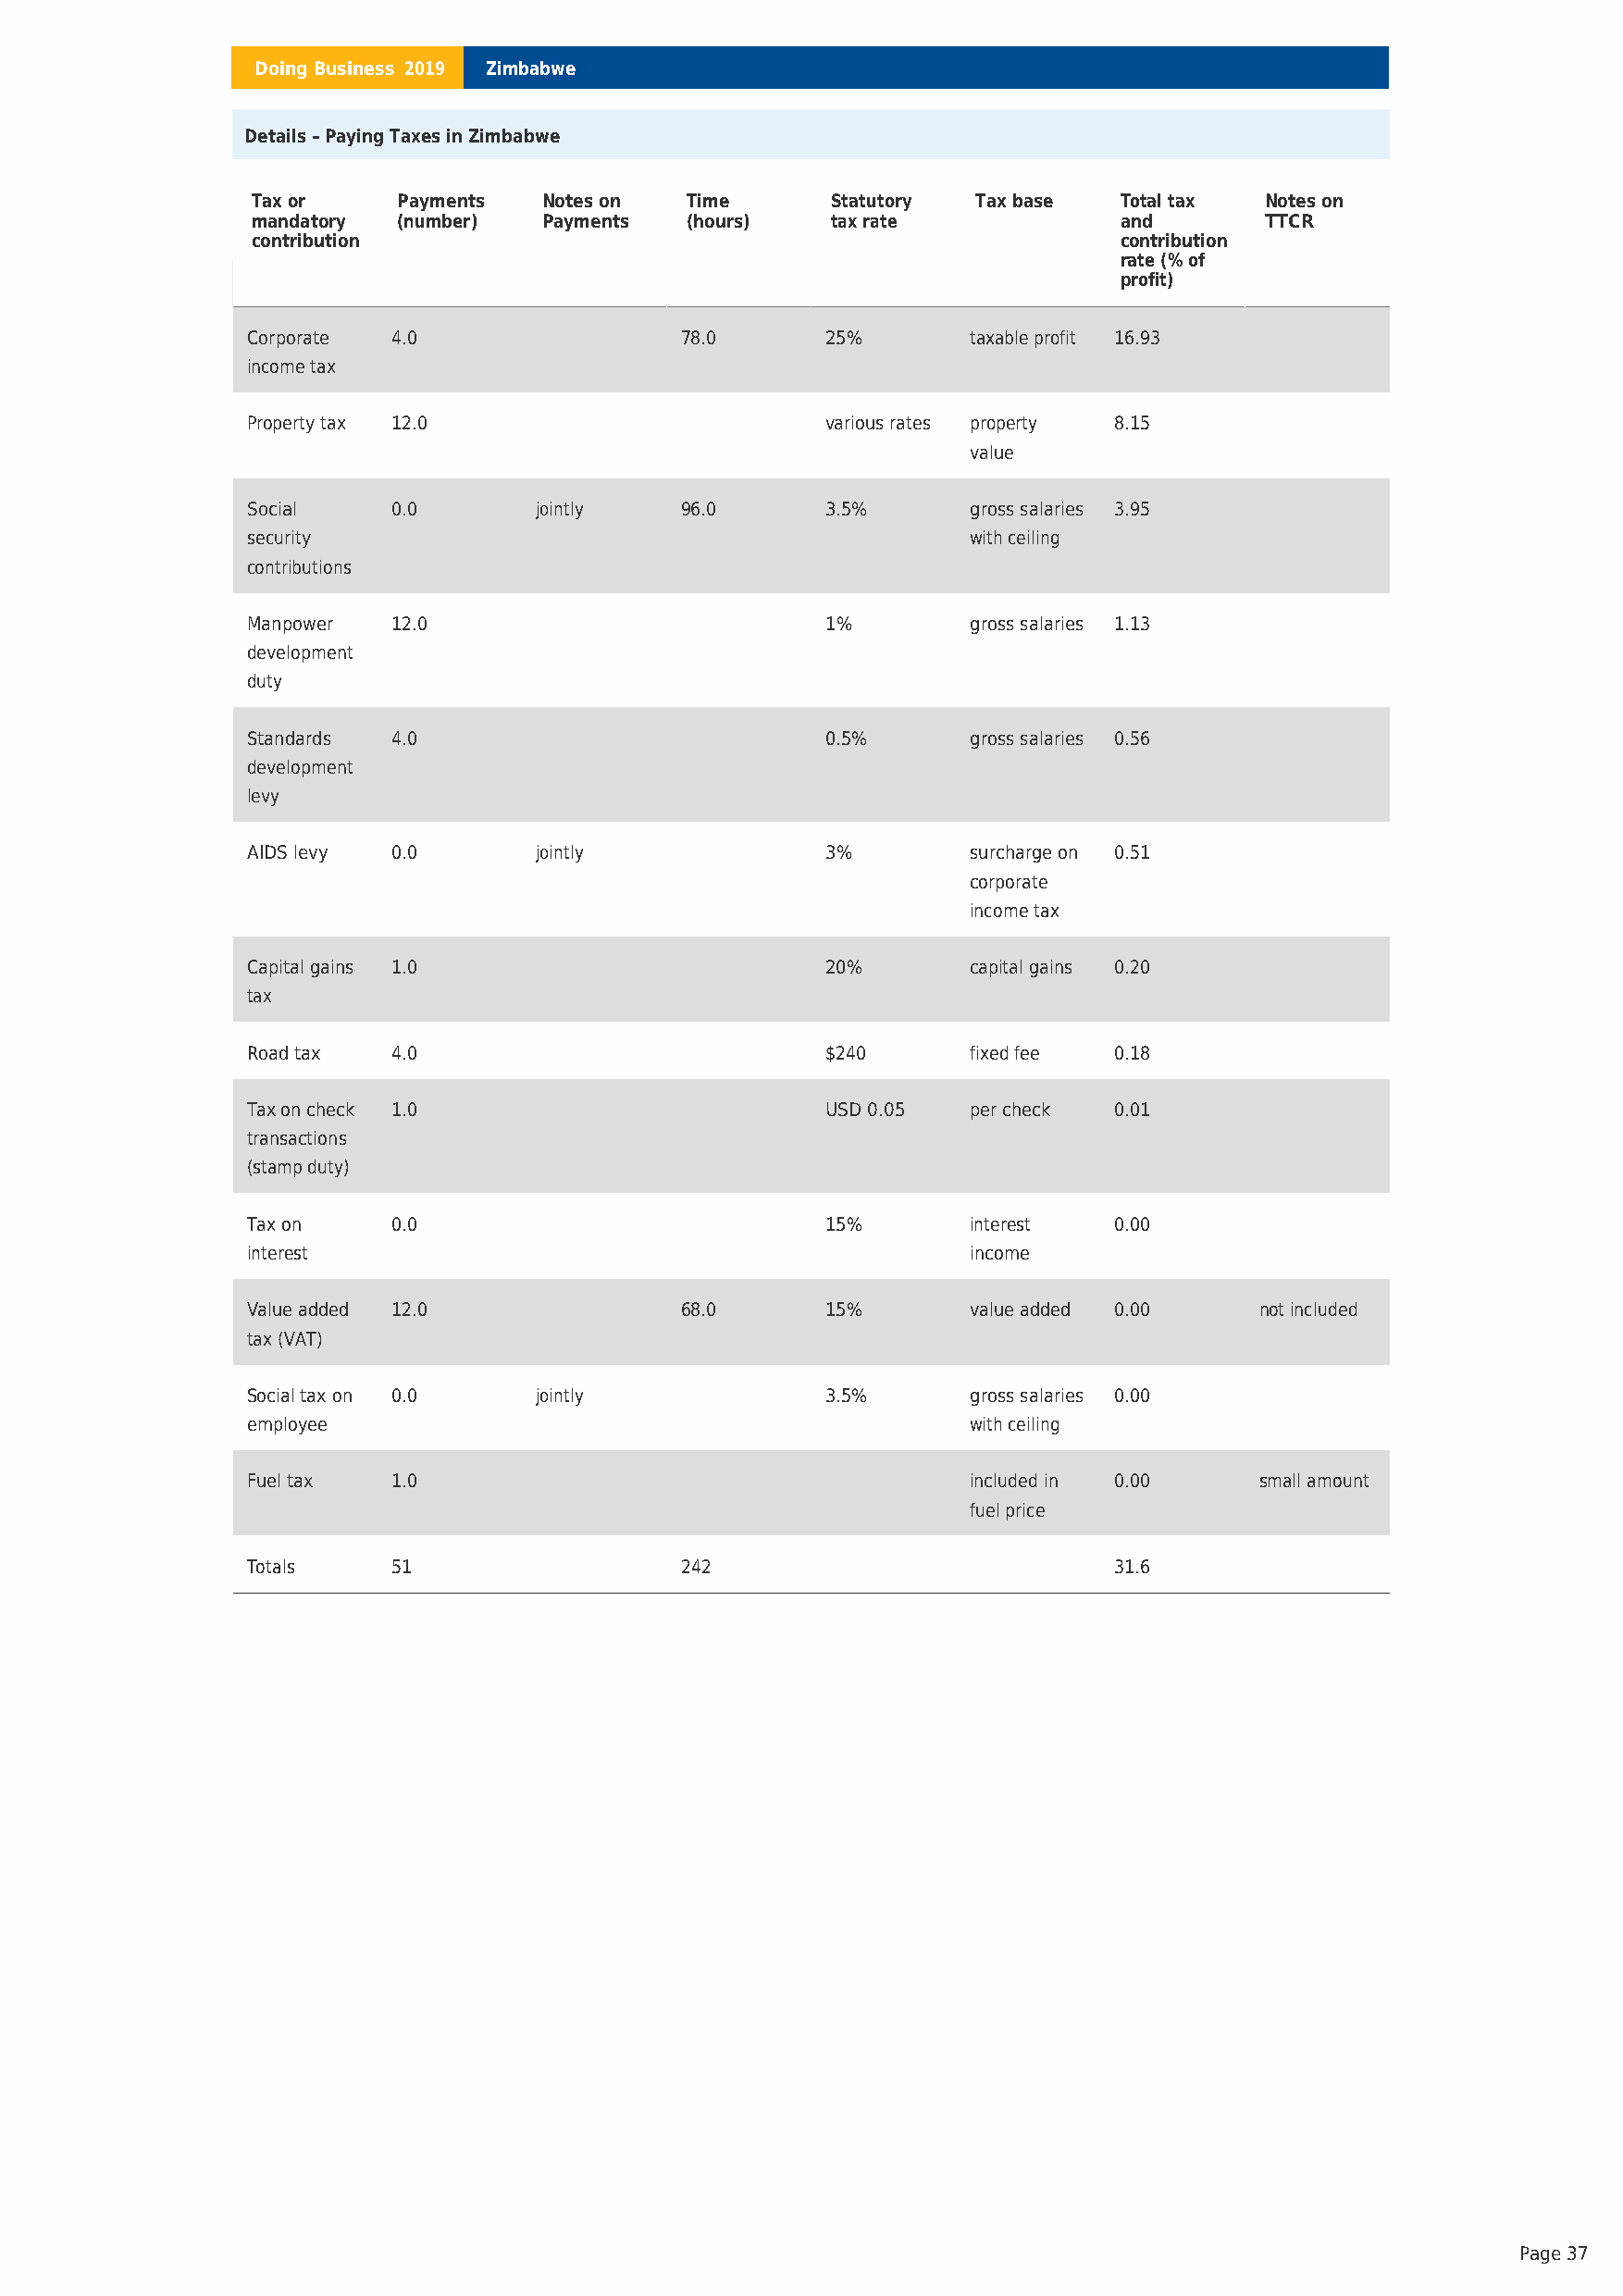
Doing Business 2019 Zimbabwe
 Details – Paying Taxes in Zimbabwe
 Tax or    Payments   Notes on  Time      Statutory  Tax base  Total tax  Notes on
 mandatory (number)   Payments  (hours)   tax rate             and        TTCR
 contribution                                                  contribution
 rate (% of
 profit)
 Corporate 4.0                  78.0      25%       taxable profit 16.93
 income tax
 Property tax 12.0                        various rates property 8.15
 value
 Social    0.0       jointly    96.0      3.5%      gross salaries 3.95
 security                                           with ceiling
 contributions
 Manpower  12.0                           1%        gross salaries 1.13
 development
 duty
 Standards 4.0                            0.5%      gross salaries 0.56
 development
 levy
 AIDS levy 0.0       jointly              3%        surcharge on 0.51
 corporate
 income tax
 Capital gains 1.0                        20%       capital gains 0.20
 tax
 Road tax  4.0                            $240      fixed fee  0.18
 Tax on check 1.0                         USD 0.05  per check  0.01
 transactions
 (stamp duty)
 Tax on    0.0                            15%       interest   0.00
 interest                                           income
 Value added 12.0               68.0      15%       value added 0.00     not included
 tax (VAT)
 Social tax on 0.0   jointly              3.5%      gross salaries 0.00
 employee                                           with ceiling
 Fuel tax  1.0                                      included in 0.00     small amount
 fuel price
 Totals    51                   242                            31.6
 Page 37